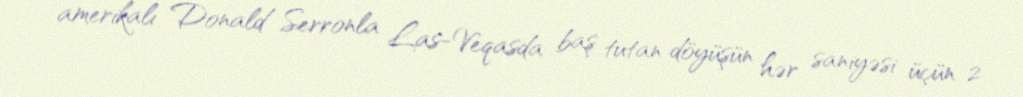
amerikalı Donald Serronla Las-Veqasda baş tutan döyüşün hər saniyəsi üçün 2